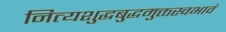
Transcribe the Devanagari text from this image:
नित्यशुद्धबुद्धमुक्तस्वभावं